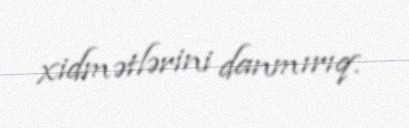
xidmətlərini danmırıq.